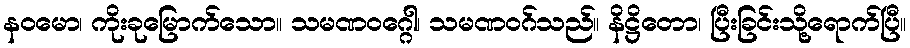
နဝမော၊ ကိုးခုမြောက်သော။ သမဏဝဂ္ဂေါ၊ သမဏဝဂ်သည်။ နိဋ္ဌိတော၊ ပြီးခြင်းသို့ရောက်ပြီ။